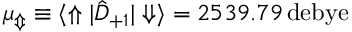
\mu _ { \Updownarrow } \equiv { \langle \Uparrow | \hat { D } _ { + 1 } | \Downarrow \rangle } = 2 5 3 9 . 7 9 \, \mathrm { d e b y e }